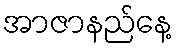
အာဇာနည်နေ့